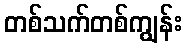
တစ်သက်တစ်ကျွန်း